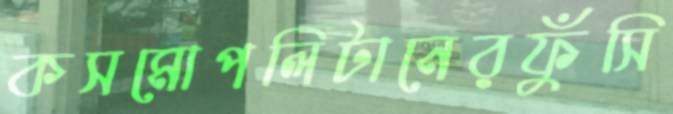
কসমোপলিটানেরফুঁসি